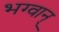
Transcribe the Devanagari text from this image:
भग्वान्